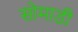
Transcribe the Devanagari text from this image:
सोमाडी